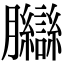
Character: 𦣋